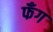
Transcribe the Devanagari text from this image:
फँग